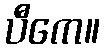
ပီကေ။